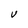
Character: V